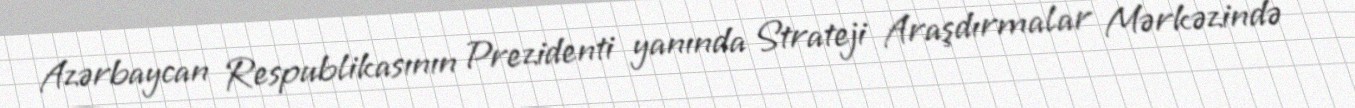
Azərbaycan Respublikasının Prezidenti yanında Strateji Araşdırmalar Mərkəzində